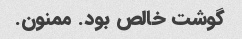
گوشت خالص بود. ممنون.